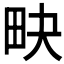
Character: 𤰮